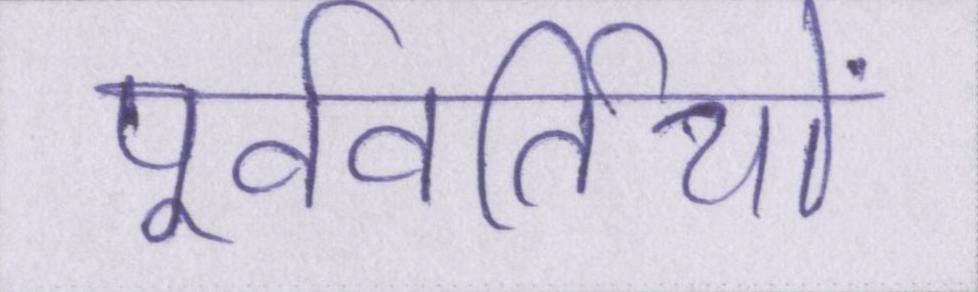
पूर्ववर्तियों